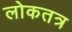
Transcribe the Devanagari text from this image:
लोकतत्र